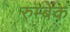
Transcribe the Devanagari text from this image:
रुम्बेक